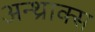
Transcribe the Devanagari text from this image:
अन्थ्राक्स